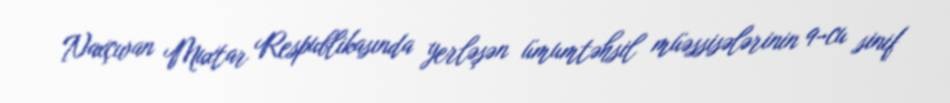
Naxçıvan Muxtar Respublikasında yerləşən ümumtəhsil müəssisələrinin 9-cu sinif